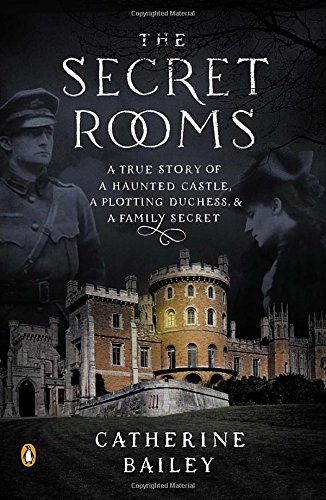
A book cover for The Secret Rooms: A True Story of a Haunted Castle, a Plotting Duchess, and a Family Secret; Catherine Bailey; Biographies & Memoirs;